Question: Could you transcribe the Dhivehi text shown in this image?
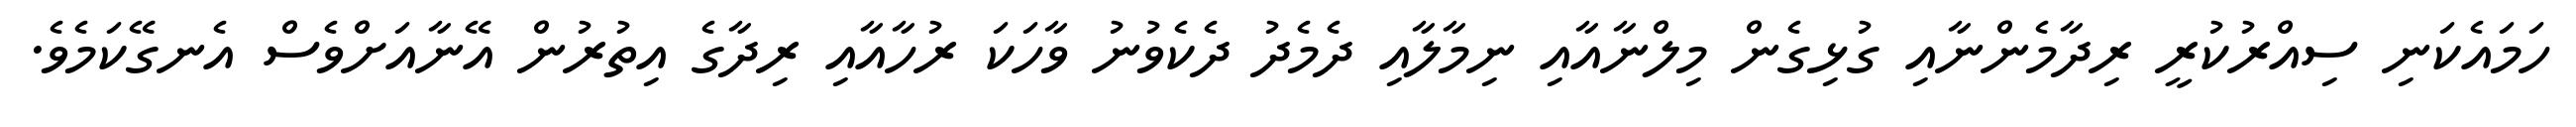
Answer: ހަމައެކަނި ސިއްރުކުރީ ރިދާމެންނާއި ގުޅިގެން މިލްނާއާއި ނިމާލާއި ދެމެދު ދެކެވުނު ވާހަކަ ރުހާއާއި ރިދާގެ އިތުރުން އޭނާއަށްވެސް އެނގޭކަމެވެ.